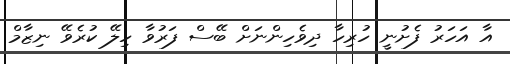
އާ އަހަރު ފެށުނީ ހުރިހާ ދިވެހިންނަށް ބޭސް ފަރުވާ ހިލޭ ކުރެވޭ ނިޒާމް